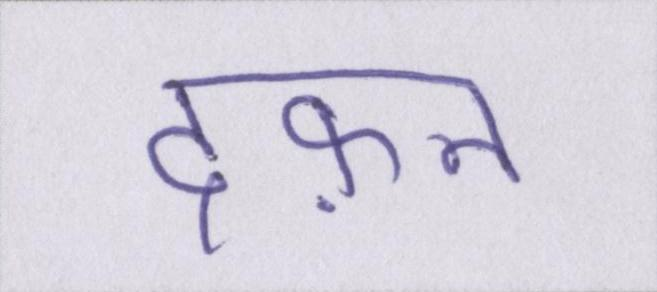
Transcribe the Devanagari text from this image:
दफ़न